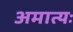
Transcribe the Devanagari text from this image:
अमात्यः